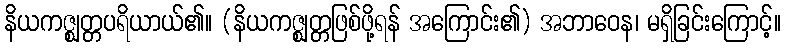
နိယကဇ္ဈတ္တပရိယာယ်၏။ (နိယကဇ္ဈတ္တဖြစ်ဖို့ရန် အကြောင်း၏) အဘာဝေန၊ မရှိခြင်းကြောင့်။